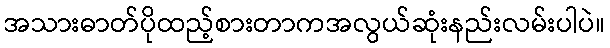
အသားဓာတ်ပိုထည့်စားတာကအလွယ်ဆုံးနည်းလမ်းပါပဲ။